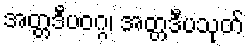
အတ္တဒီပဝဂ္ဂ၊ အတ္တဒီပသုတ်